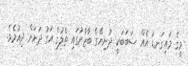
މީގެ މައިގަނޑު އެއް ސަބަބަކީ ދުނިޔޭގެ ބާޒާރުގައި ތެލުގެ އަގު ދަށަށް ދިއުމެވެ.